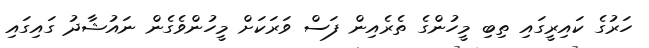
ހަރުގެ ކައިރީގައި ތިބި މީހުންގެ ތެރެއިން ފަސް ވަރަކަށް މީހުންވެގެން ނައުޝާދު ގައިގައި